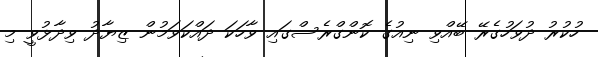
ހުކުރު ދުވަހުގެރޭ ބޭއްވި ނިއުގެ ކޮންގްރެސްގައި ވާހަކަ ދައްކަވަމުން ޒިޔާދު ވިދާޅުވީ މި